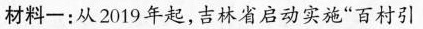
材料一：从2019年起，吉林省启动实施”百村引